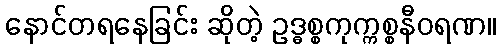
နောင်တရနေခြင်း ဆိုတဲ့ ဥဒ္ဓစ္စကုက္ကစ္စနီဝရဏ။